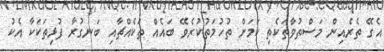
އެގޭ ތެރެއިން މަސްތުވާތަކެތި ކަމަށް ތުހުމަތުކުރެވޭ ބައެއް ތަކެއްޗާއި ބަނގުރާ ފުޅިތަކަކާ އެކު